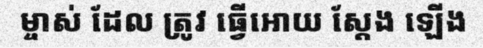
ម្ចាស់ ដែល ត្រូវ ធ្វើអោយ ស្តែង ឡើង